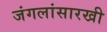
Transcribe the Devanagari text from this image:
जंगलांसारखी